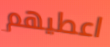
اعطيهم